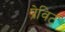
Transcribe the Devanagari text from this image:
प्रेविट